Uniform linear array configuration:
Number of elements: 12
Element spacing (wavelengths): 1
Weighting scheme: blackman
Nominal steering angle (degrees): -30
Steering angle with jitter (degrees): -29.78
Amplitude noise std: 0.05
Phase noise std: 0.05

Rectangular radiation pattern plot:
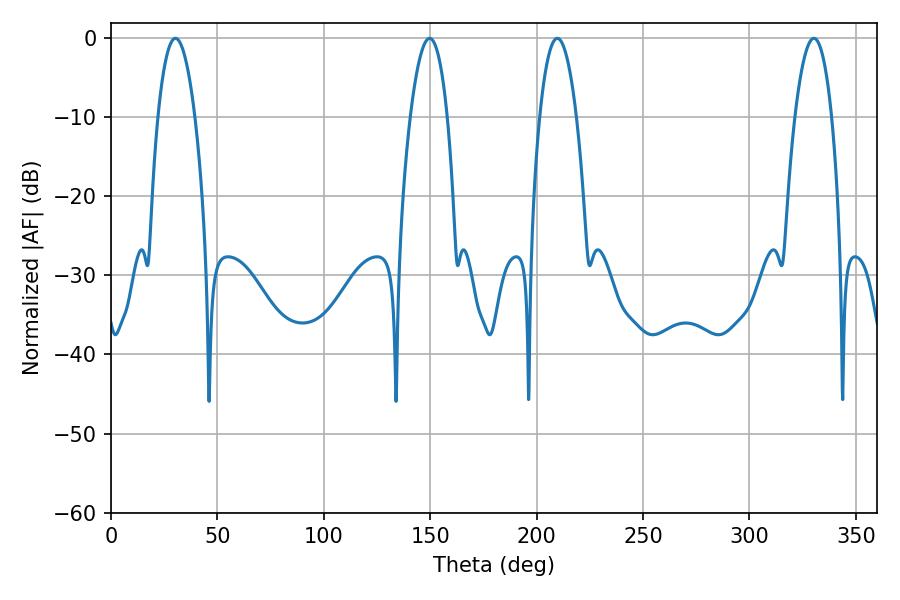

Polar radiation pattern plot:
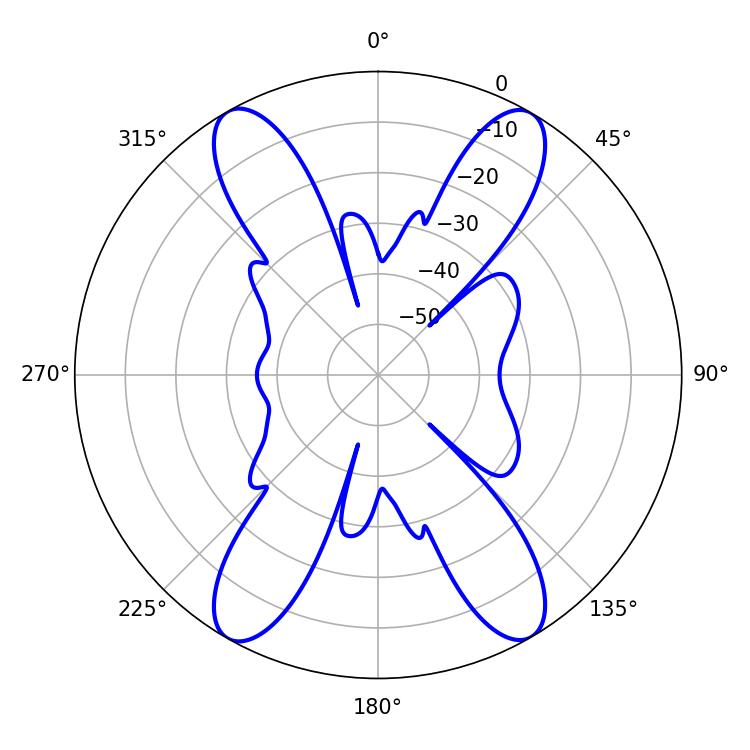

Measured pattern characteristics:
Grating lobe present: TRUE
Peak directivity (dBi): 26.102
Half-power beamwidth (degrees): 9.54
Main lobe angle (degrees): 209.7